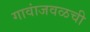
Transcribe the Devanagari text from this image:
गावांजवळची